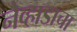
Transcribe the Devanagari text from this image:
नेव्हाडाचा